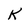
Character: K